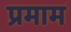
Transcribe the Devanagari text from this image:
प्रमाम